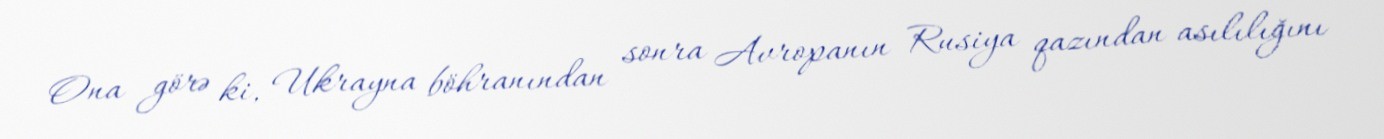
Ona görə ki, Ukrayna böhranından sonra Avropanın Rusiya qazından asılılığını